Scottish Leaving Certificate Examination, 1956
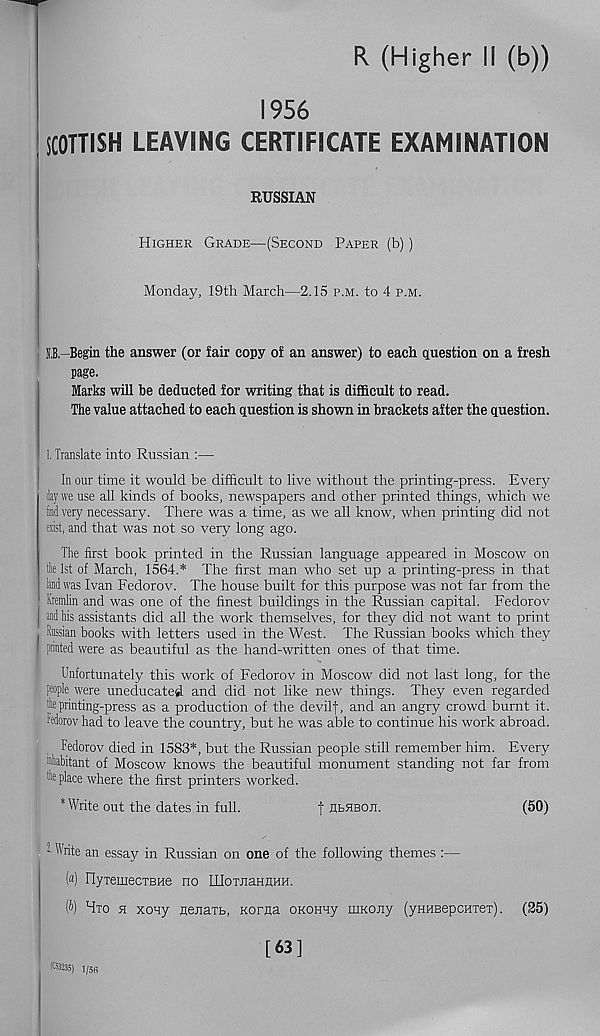
R (Higher II (b))
1956
SCOTTISH LEAVING CERTIFICATE EXAMINATION
RUSSIAN
Higher Grade—(Second Paper (b))
Monday, 19th March—2.15 p.m. to 4 p.m.
’{.B. -Begin the answer (or fair copy of an answer) to each question on a fresh
page.
Marks will be deducted for writing that is difficult to read.
The value attached to each question is shown in brackets after the question.
1. Translate into Russian :—
In our time it would be difficult to live without the printing-press. Every
day we use all kinds of books, newspapers and other printed things, which we
fad very necessary. There was a time, as we all know, when printing did not
exist, and that was not so very long ago.
The first book printed in the Russian language appeared in Moscow on
tie 1st of March, 1564.* The first man who set up a printing-press in that
land was Ivan Fedorov. The house built for this purpose was not far from the
Kremlin and was one of the finest buildings in the Russian capital. Fedorov
and his assistants did all the work themselves, for they did not want to print
Russian books with letters used in the West. The Russian books which they
printed were as beautiful as the hand-written ones of that time.
Unfortunately this work of Fedorov in Moscow did not last long, for the
people were uneducated and did not like new things. They even regarded
Ik printing-press as a production of the devil), and an angry crowd burnt it.
Fedorov had to leave the country, but he was able to continue his work abroad.
Fedorov died in 1583*, but the Russian people still remember him. Every
'faabitant of Moscow knows the beautiful monument standing not far from
tfa place where the first printers worked.
* Write out the dates in full.
f heheoji.
(50)
! Write an essay in Russian on one of the following themes :—
(«) nyiemecTBHe no IIIoTJiaHHHH.
(ft) Hto h xony Hejiaxb, Korna OKonny uiKony (yHHBepcHTeT). (25)
(C53235) 1/56
[63]